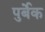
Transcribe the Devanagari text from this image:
पुर्बेक